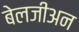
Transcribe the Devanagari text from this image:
बेलजीअन